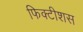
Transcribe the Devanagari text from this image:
फिक्टीशस